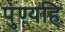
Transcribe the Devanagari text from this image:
पुण्यहि